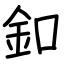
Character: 釦